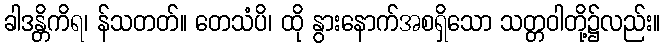
ခါဒန္တိကိရ၊ န်သတတ်။ တေသံပိ၊ ထို နွားနောက်အစရှိသော သတ္တဝါတို့၌လည်း။